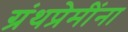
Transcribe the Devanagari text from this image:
ग्रंथप्रेमींना